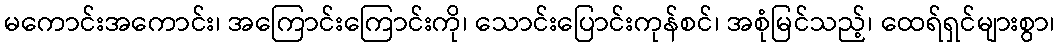
မကောင်းအကောင်း၊ အကြောင်းကြောင်းကို၊ သောင်းပြောင်းကုန်စင်၊ အစုံမြင်သည့်၊ ထေရ်ရှင်များစွာ၊